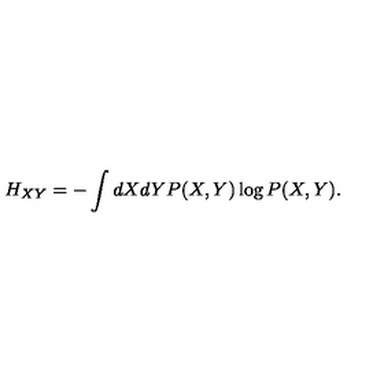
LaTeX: H _ { X Y } = - \int d X d Y P ( X , Y ) \log P ( X , Y ) .